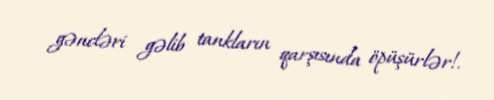
gəncləri gəlib tankların qarşısında öpüşürlər!.